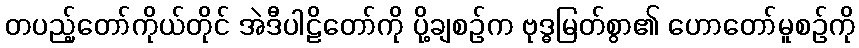
တပည့်တော်ကိုယ်တိုင် အဲဒီပါဠိတော်ကို ပို့ချစဉ်က ဗုဒ္ဓမြတ်စွာ၏ ဟောတော်မူစဉ်ကို